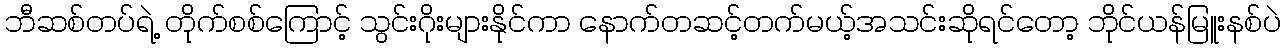
ဘီဆစ်တပ်ရဲ့ တိုက်စစ်ကြောင့် သွင်းဂိုးများနိုင်ကာ နောက်တဆင့်တက်မယ့်အသင်းဆိုရင်တော့ ဘိုင်ယန်မြူးနစ်ပဲ